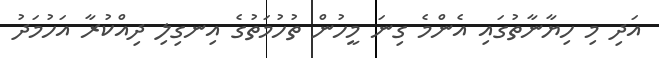
އަދި މި ހިޔާނާތުގައި އެންމެ ގިނަ މީހުން ތުހުމަތުގެ އިނގިލި ދިއްކުރާ އަހުމަދު